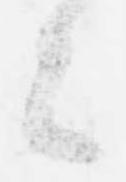
今